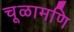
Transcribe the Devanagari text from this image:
चूळामणि